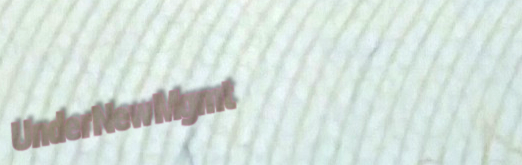
UnderNewMgmt